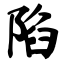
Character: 陷